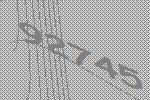
92745